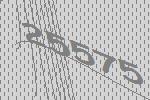
25575